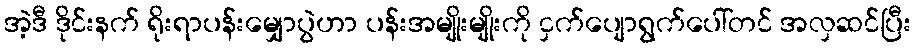
အဲ့ဒီ ဒိုင်းနက် ရိုးရာပန်းမျှောပွဲဟာ ပန်းအမျိုးမျိုးကို ငှက်ပျောရွက်ပေါ်တင် အလှဆင်ပြီး